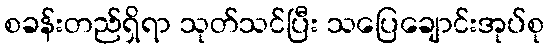
စခန်းတည်ရှိရာ သုတ်သင်ပြီး သပြေချောင်းအုပ်စု